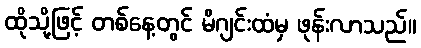
ထိုသို့ဖြင့် တစ်နေ့တွင် မိဂျင်းထံမှ ဖုန်းလာသည်။